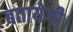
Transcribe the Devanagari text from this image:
बतायेगी।